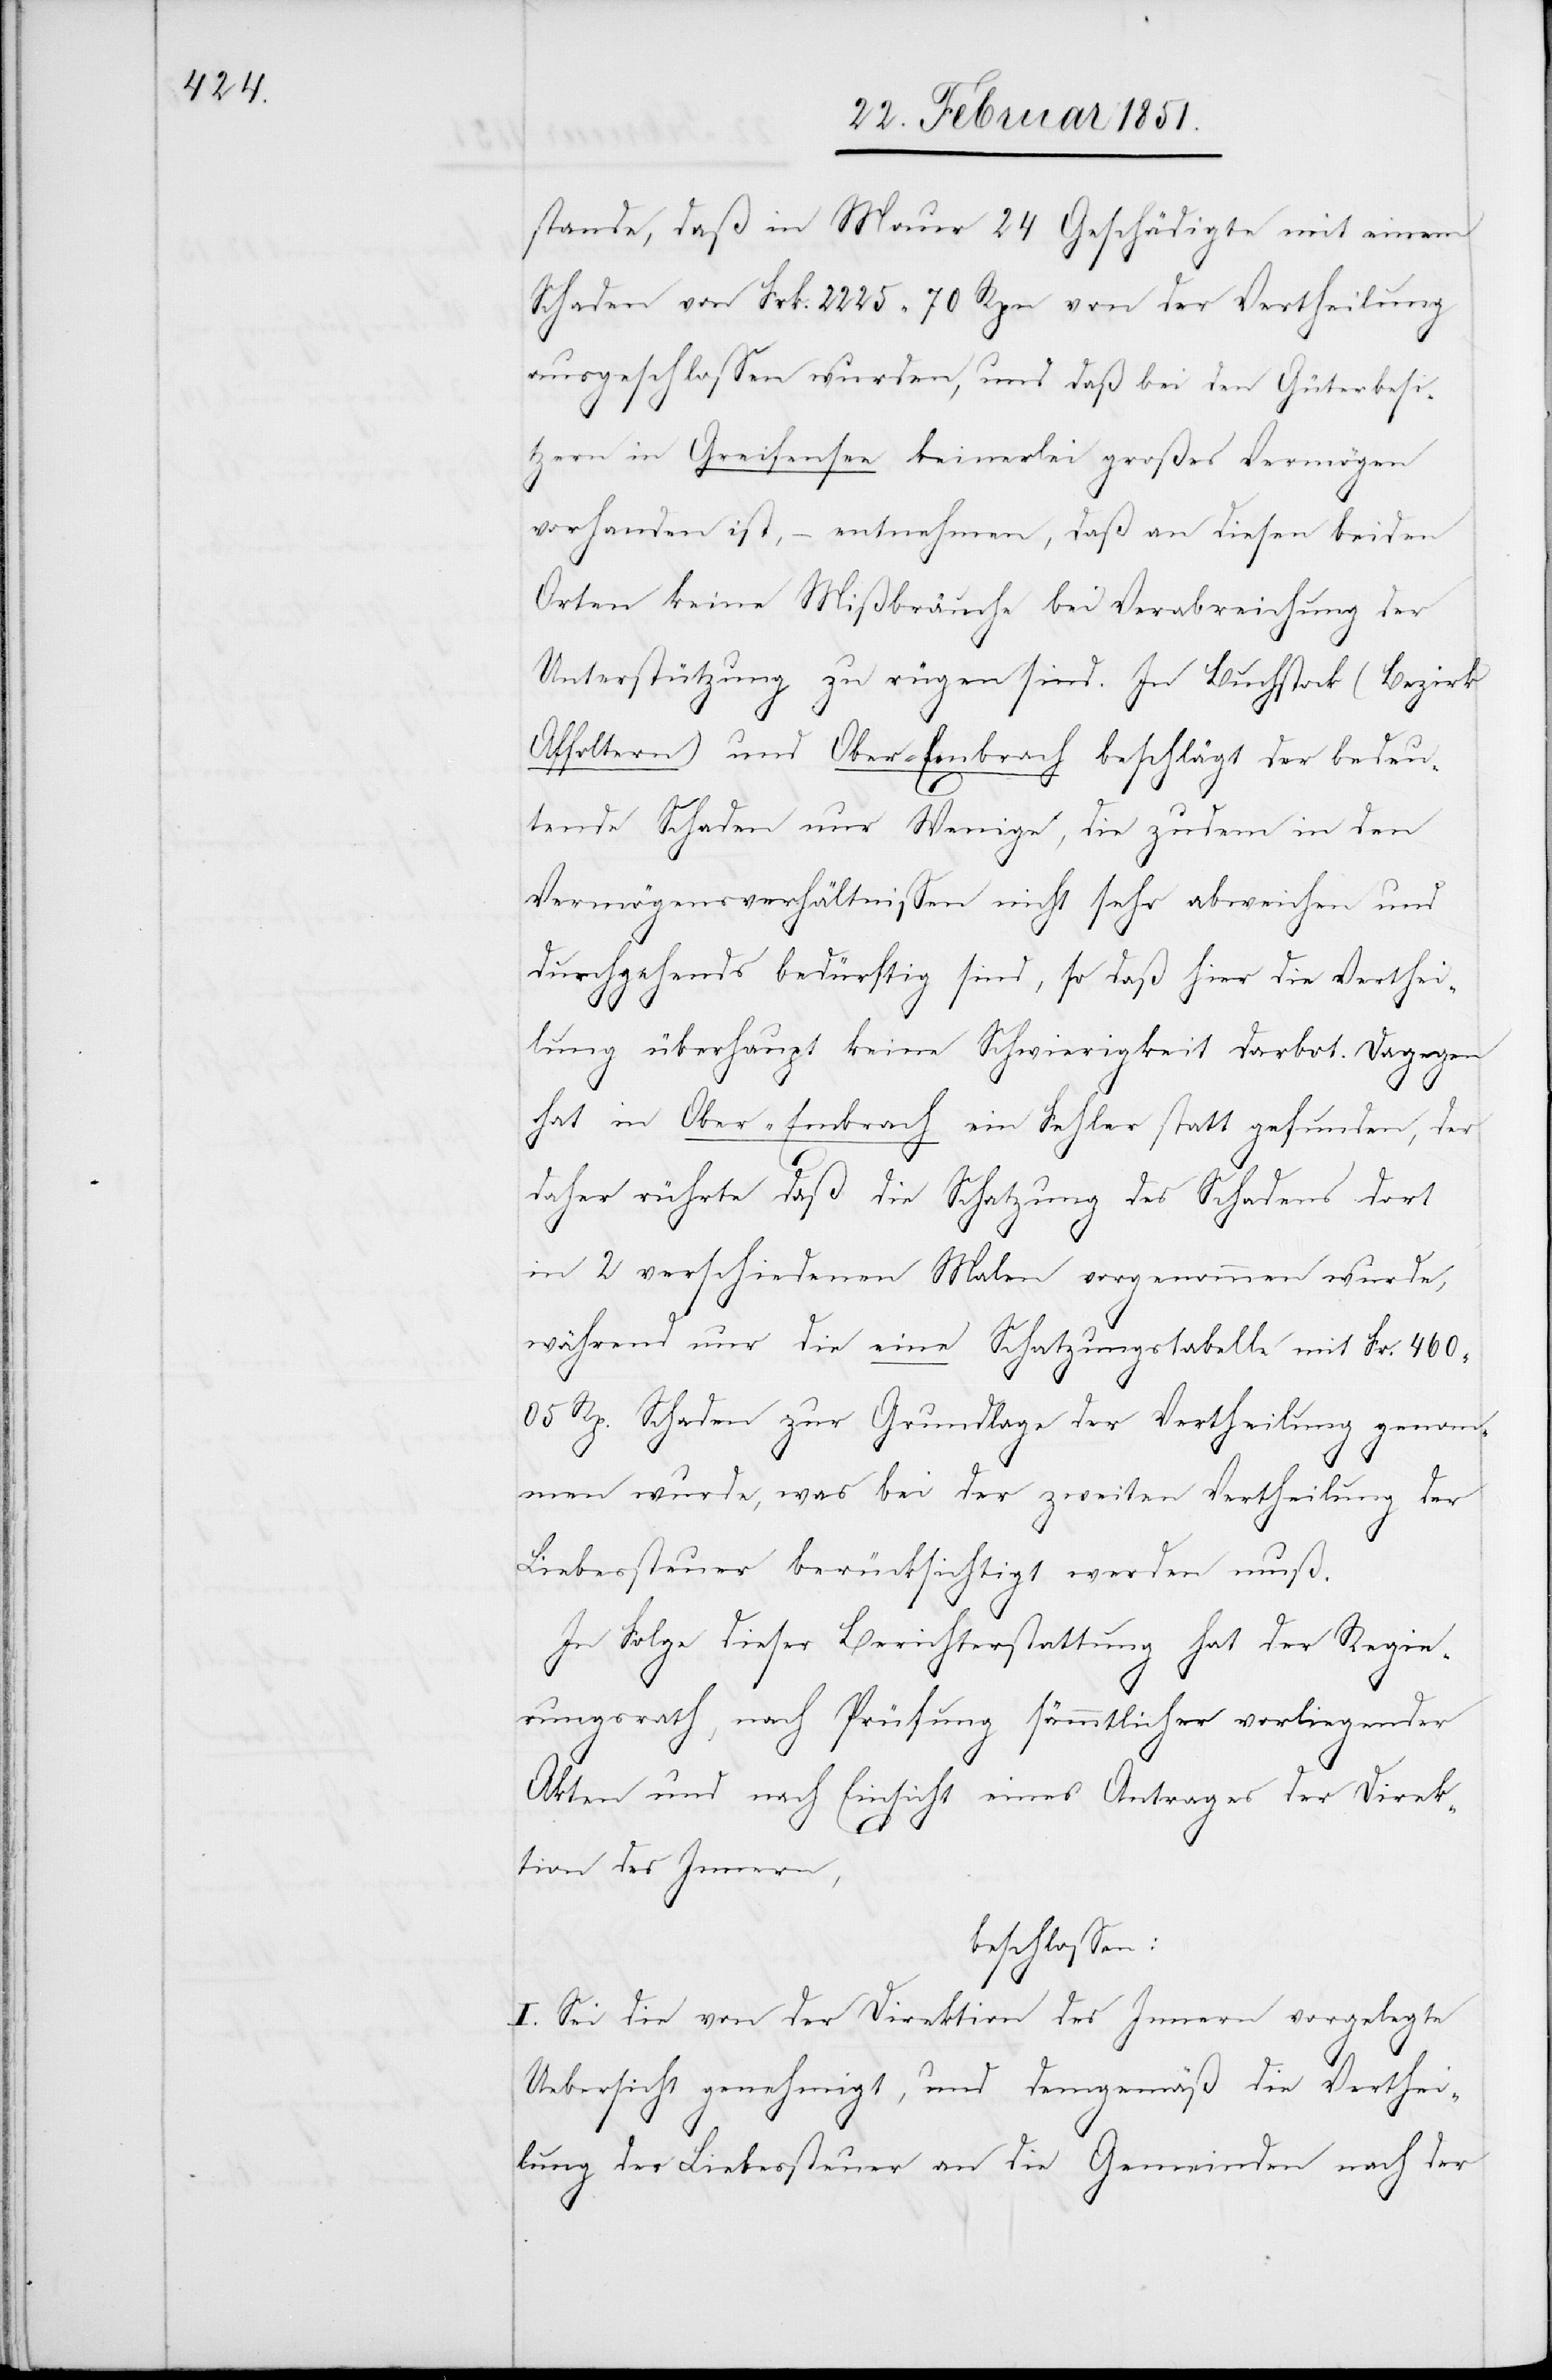
stande, daß in Maur 24 Geschädigte mit einem
Schaden von Frk. 2225 70 Rpn von der Vertheilung
ausgeschlossen wurden, und daß bei den Güterbesi¬
tzern in Greifensee keinerlei großes Vermögen
vorhanden ist, – entnehmen, daß an diesen beiden
Orten keine Mißbräuche bei Verabreichung der
Unterstützung zu rügen sind. In Buchstock (Bezirk
Affoltern) und Ober-Embrach beschlägt der bedeu¬
tende Schaden nur Wenige, die zudem in den
Vermögensverhältnissen nicht sehr abweichen und
durchgehends bedürftig sind, so daß hier die Verthei¬
lung überhaupt keine Schwierigkeit darbot. Dagegen
hat in Ober-Embrach ein Fehler statt gefunden, der
daher rührte daß die Schatzung des Schadens dort
in 2 verschiedenen Malen vorgenommen wurde,
während nur die eine Schatzungstabelle mit Fr. 460
05 Rp. Schaden zur Grundlage der Vertheilung genom¬
men wurde, was bei der zweiten Vertheilung der
Liebessteuer berücksichtigt werden muß.
In Folge dieser Berichterstattung hat der Regie¬
rungsrath, nach Prüfung sämmtlicher vorliegender
Akten und nach Einsicht eines Antrages der Direk¬
tion des Innern,
beschlossen:
I. Sei die von der Direktion des Innern vorgelegte
Uebersicht genehmigt, und demgemäß die Verthei¬
lung der Liebessteuer an die Gemeinden nach der